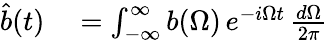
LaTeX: \begin{array}{rl}{\hat{b}(t)}&{{}=\int_{-\infty}^{\infty}b(\Omega)\, e^{-i\Omega t}\, \frac{d\Omega}{2\pi}}\end{array}